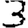
Digit: 3